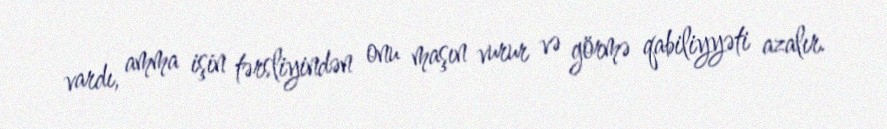
vardı, amma işin tərsliyindən onu maşın vurur və görmə qabiliyyəti azalır.